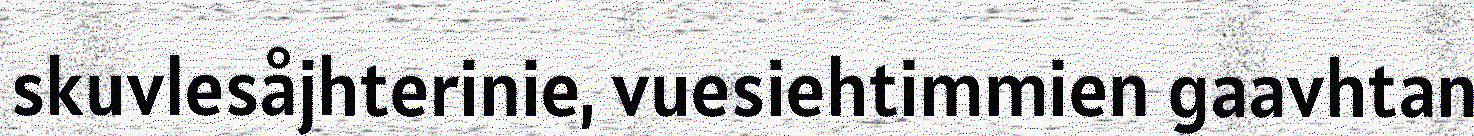
skuvlesåjhterinie, vuesiehtimmien gaavhtan